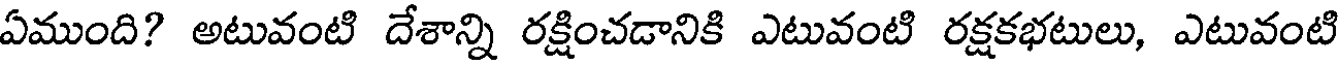
ఏముంది? అటువంటి దేశాన్ని రక్షించడానికి ఎటువంటి రక్షకభటులు, ఎటువంటి